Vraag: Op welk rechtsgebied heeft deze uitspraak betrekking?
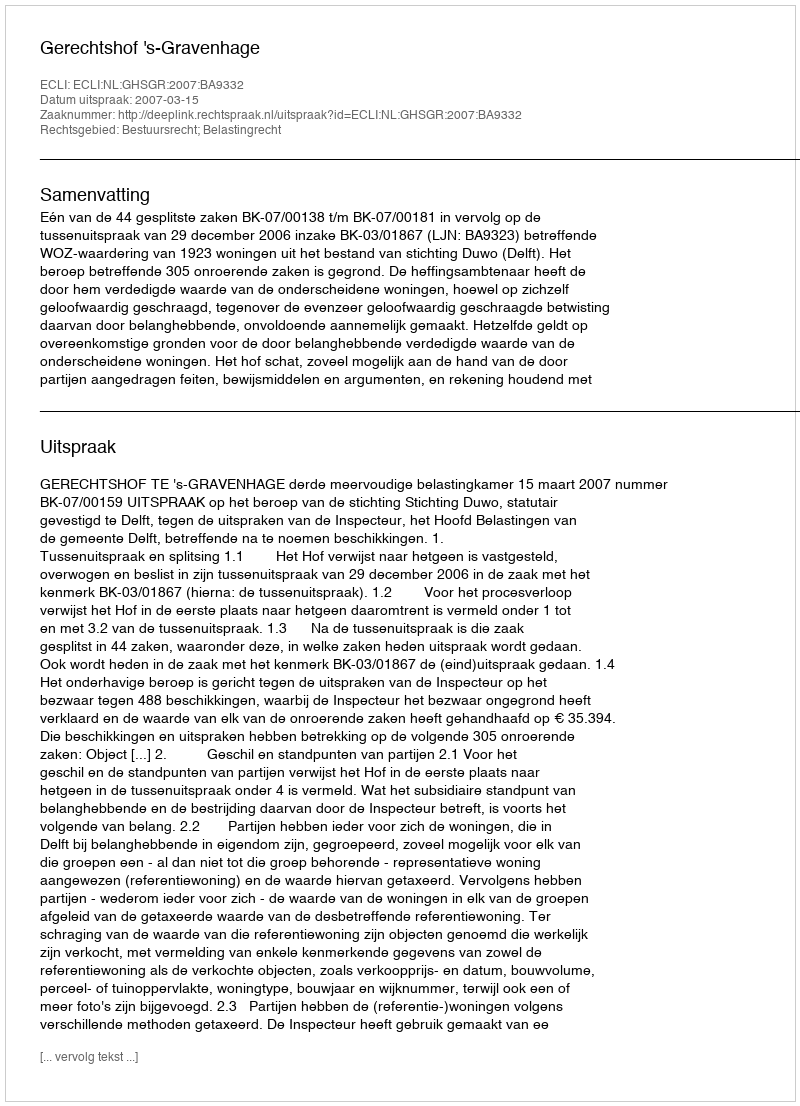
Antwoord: Bestuursrecht; Belastingrecht